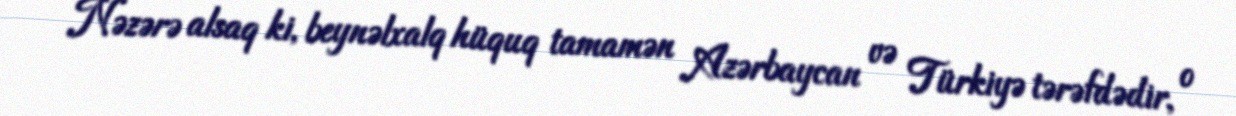
Nəzərə alsaq ki, beynəlxalq hüquq tamamən Azərbaycan və Türkiyə tərəfdədir, o